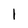
Character: 1